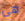
هي